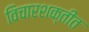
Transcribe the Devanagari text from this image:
विचारशक्तीत